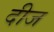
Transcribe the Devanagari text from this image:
दीज